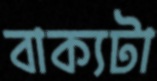
বাক্যটা